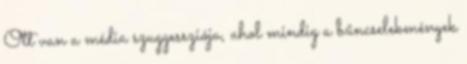
Ott van a média szuggessziója, ahol mindig a bűncselekmények